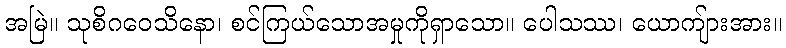
အမြဲ။ သုစိဂဝေသိနော၊ စင်ကြယ်သောအမှုကိုရှာသော။ ပေါသဿ၊ ယောကျ်ားအား။